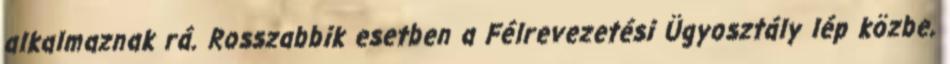
alkalmaznak rá. Rosszabbik esetben a Félrevezetési Ügyosztály lép közbe,